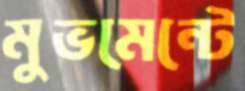
মুভমেন্টে